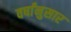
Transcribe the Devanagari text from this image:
वर्षांनुसार